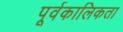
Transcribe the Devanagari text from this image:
पूर्वकालिकता